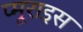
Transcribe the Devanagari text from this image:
प्मूराइस